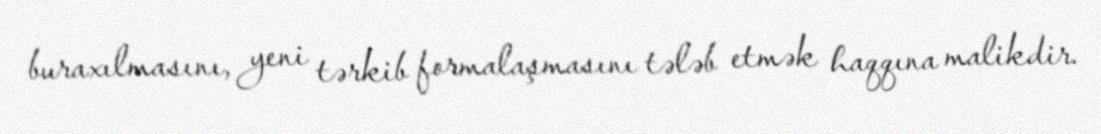
buraxılmasını, yeni tərkib formalaşmasını tələb etmək haqqına malikdir.